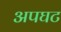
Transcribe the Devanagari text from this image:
अपघट